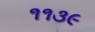
૧૧૩૯